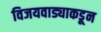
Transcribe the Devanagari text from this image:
विजयवाड्याकडून